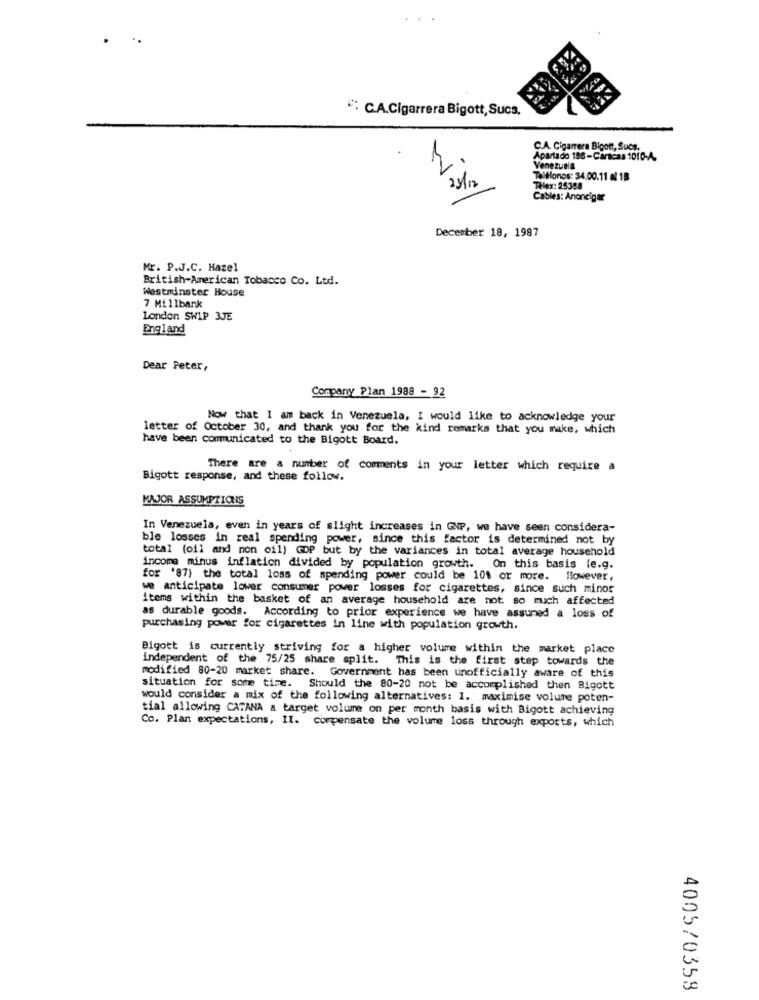
" C.A.Cigarrera Bigott, Sucs.
C.A. Cigarrera Bigott, Sucs.
Apartado 186-Caracas 1010-A.
2.
Venezuela
Teléfonos: 34.00.11 al 18
21/1
Telex: 25388
Cables: Anoncigar
December 18, 1987
Mr. P.J.C. Hazel
British-American Tobacco Co. Ltd.
Westminster House
7 Millbank
London SW1P 3JE
England
Dear Peter,
Company Plan 1988 - 92
Now that I am back in Venezuela, I would like to acknowledge your
letter of October 30, and thank you for the kind remarks that you make, which
have been communicated to the Bigott Board.
There are a number of comments in your letter which require a
Bigott response, and these follow.
MAJOR ASSUMPTIONS
In Venezuela, even in years of slight increases in GNP, we have seen considera-
ble losses in real spending power, since this factor is determined not by
total (oil and non oil) GDP but by the variances in total average household
income minus inflation divided by population growth. On this basis (e.g.
for '87) the total loss of spending power could be 101 or more. llowever
we anticipate lower consumer power losses for cigarettes, since such minos
items within the basket of an average household are not so much affected
as durable goods. According to prior experience we have assumed a loss of
purchasing power for cigarettes in line with population growth.
Bigott is currently striving for a higher volume within the market place
independent of the 75/25 share split. This is the first step towards the
modified 80-20 market share. Government has been unofficially aware of this
situation for some time. Should the 80-20 not be accomplished then Bigott
would consider a mix of the following alternatives: 1. maximise volume poten-
tial allowing CATANA & target volume on per month basis with Bigott achieving
Co. Plan expectations, II. compensate the volume loss through exports, which
4005/0359